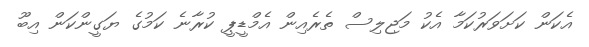
އެކަން ކަށަވަރުކަމާ އެކު މަޖިލިސް ތެރެއިން އެމްޑީޕީ ކުރާނެ ކަމުގެ ޔަގީންކަން އިބޫ